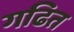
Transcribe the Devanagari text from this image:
गढित